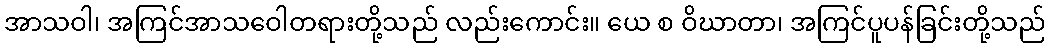
အာသဝါ၊ အကြင်အာသဝေါတရားတို့သည် လည်းကောင်း။ ယေ စ ဝိဃာတာ၊ အကြင်ပူပန်ခြင်းတို့သည်